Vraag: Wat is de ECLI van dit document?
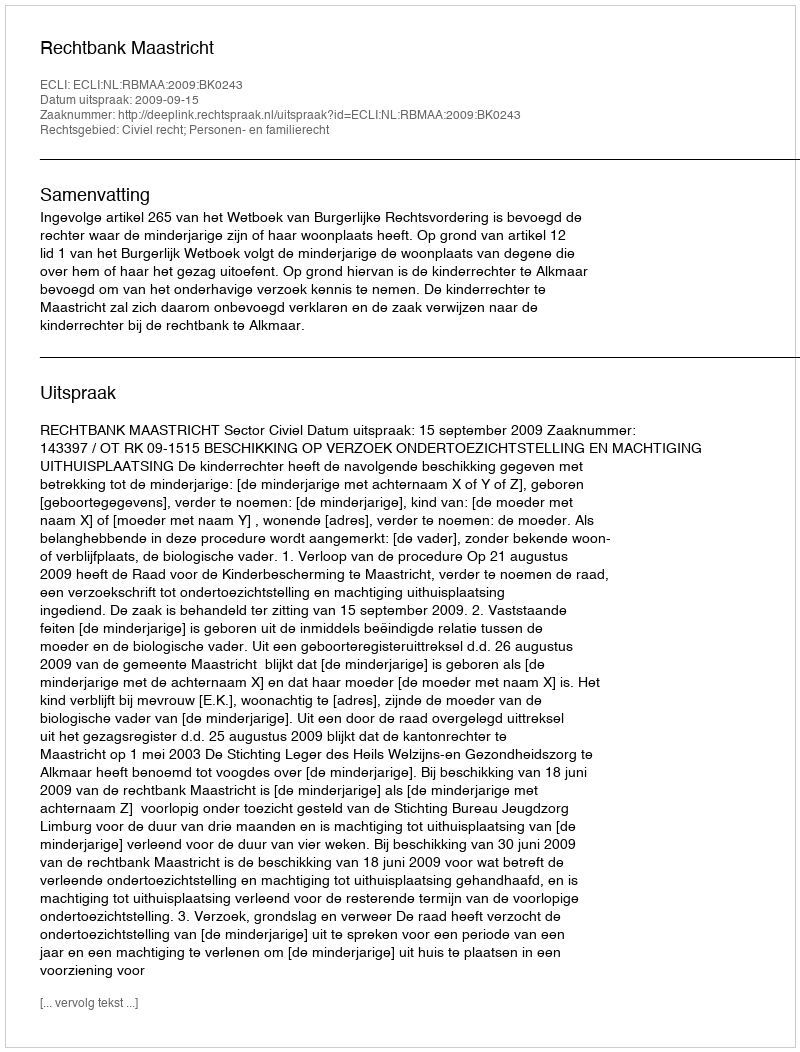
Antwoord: ECLI:NL:RBMAA:2009:BK0243